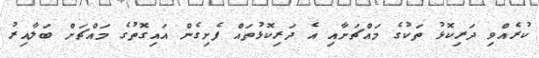
ކުރެއްވި ދަރިކޮޅު ތަކުގެ މައްޗަށާއި އެ ދަރިކޮޅުތައް ފެށިގެން އައިގޮތުގެ މައްޗަށް ބަލާއިރު